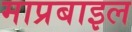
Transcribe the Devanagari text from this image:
माप्रबाइल